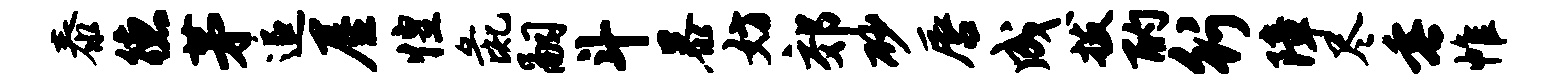
泰德茅追屋惶彘嗣斗暴妨郊砂唇成拔酌行障尽垂帷